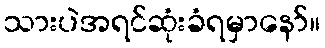
သားပဲအရင်ဆုံးခံရမှာနော်။